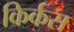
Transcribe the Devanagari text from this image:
किर्कस